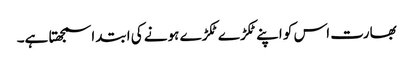
بھارت اس کو اپنے ٹکڑے ٹکڑے ہونے کی ابتدا سمجھتا ہے۔